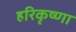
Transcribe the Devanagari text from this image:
हरिकृष्णा